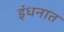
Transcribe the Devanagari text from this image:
इंधनात